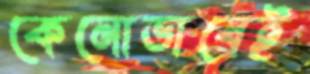
কেনোভাবেই